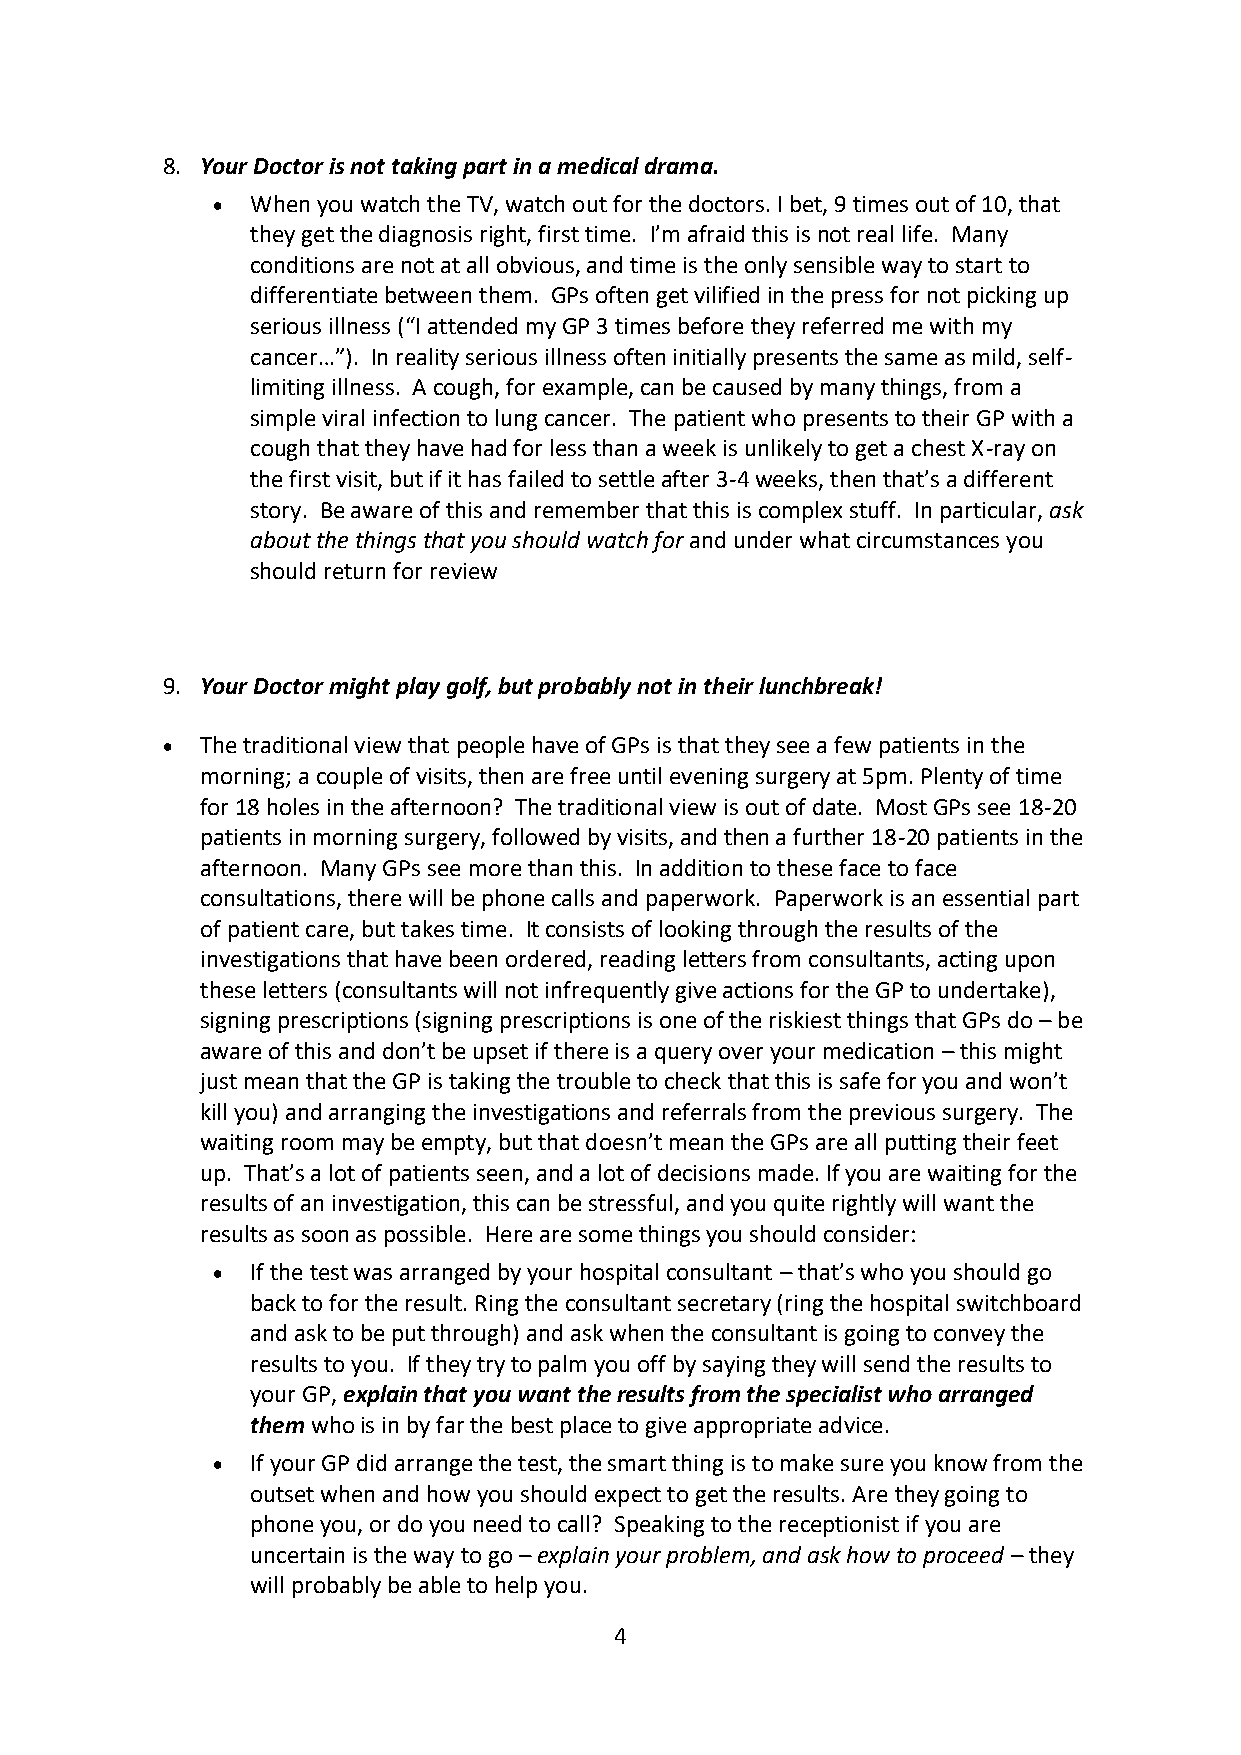
8. Your Doctor is not taking part in a medical drama.
 •  When you watch the TV, watch out for the doctors. I bet, 9 times out of 10, that
 they get the diagnosis right, first time. I’m afraid this is not real life. Many
 conditions are not at all obvious, and time is the only sensible way to start to
 differentiate between them. GPs often get vilified in the press for not picking up
 serious illness (“I attended my GP 3 times before they referred me with my
 cancer…”). In reality serious illness often initially presents the same as mild, self-
 limiting illness. A cough, for example, can be caused by many things, from a
 simple viral infection to lung cancer. The patient who presents to their GP with a
 cough that they have had for less than a week is unlikely to get a chest X-ray on
 the first visit, but if it has failed to settle after 3-4 weeks, then that’s a different
 story. Be aware of this and remember that this is complex stuff. In particular, ask
 about the things that you should watch for and under what circumstances you
 should return for review
 9. Your Doctor might play golf, but probably not in their lunchbreak!
 • The traditional view that people have of GPs is that they see a few patients in the
 morning; a couple of visits, then are free until evening surgery at 5pm. Plenty of time
 for 18 holes in the afternoon? The traditional view is out of date. Most GPs see 18-20
 patients in morning surgery, followed by visits, and then a further 18-20 patients in the
 afternoon. Many GPs see more than this. In addition to these face to face
 consultations, there will be phone calls and paperwork. Paperwork is an essential part
 of patient care, but takes time. It consists of looking through the results of the
 investigations that have been ordered, reading letters from consultants, acting upon
 these letters (consultants will not infrequently give actions for the GP to undertake),
 signing prescriptions (signing prescriptions is one of the riskiest things that GPs do – be
 aware of this and don’t be upset if there is a query over your medication – this might
 just mean that the GP is taking the trouble to check that this is safe for you and won’t
 kill you) and arranging the investigations and referrals from the previous surgery. The
 waiting room may be empty, but that doesn’t mean the GPs are all putting their feet
 up. That’s a lot of patients seen, and a lot of decisions made. If you are waiting for the
 results of an investigation, this can be stressful, and you quite rightly will want the
 results as soon as possible. Here are some things you should consider:
 •  If the test was arranged by your hospital consultant – that’s who you should go
 back to for the result. Ring the consultant secretary (ring the hospital switchboard
 and ask to be put through) and ask when the consultant is going to convey the
 results to you. If they try to palm you off by saying they will send the results to
 your GP, explain that you want the results from the specialist who arranged
 them who is in by far the best place to give appropriate advice.
 •  If your GP did arrange the test, the smart thing is to make sure you know from the
 outset when and how you should expect to get the results. Are they going to
 phone you, or do you need to call? Speaking to the receptionist if you are
 uncertain is the way to go – explain your problem, and ask how to proceed – they
 will probably be able to help you.
 4